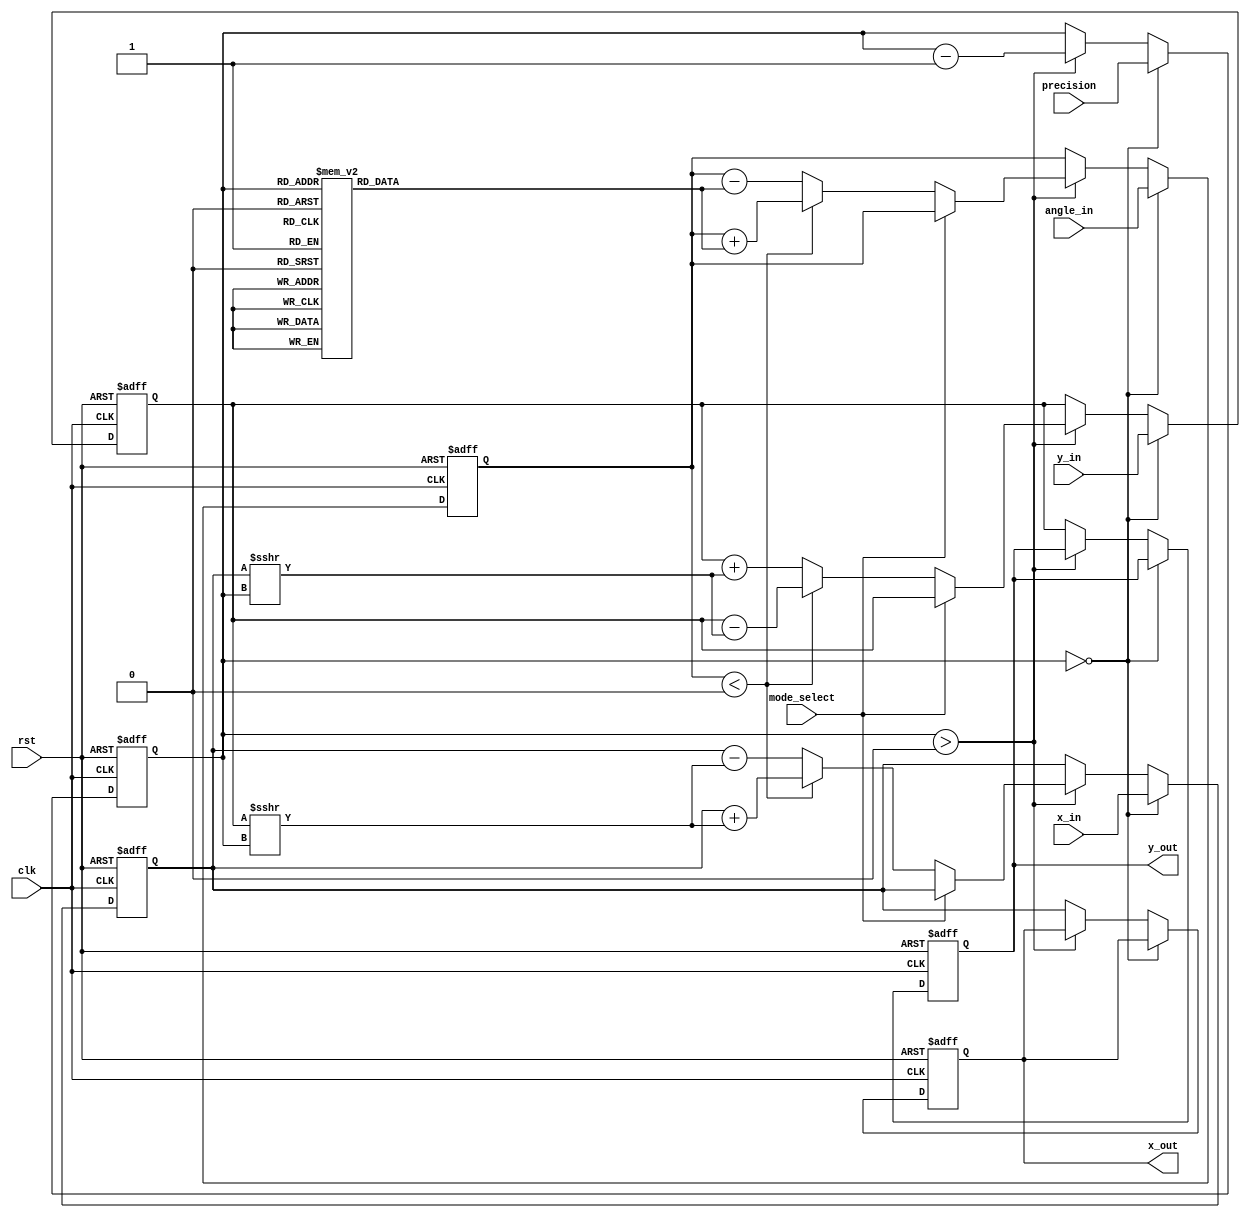
module Adaptive_CORDIC (
    input wire clk,
    input wire rst,
    input wire [15:0] x_in,          // Input x value (fixed-point)
    input wire [15:0] y_in,          // Input y value (fixed-point)
    input wire [15:0] angle_in,      // Input angle (fixed-point)
    input wire mode_select,           // Mode select: 0 for rotation, 1 for vectoring
    input wire [3:0] precision,       // Precision setting for iterations
    output reg [15:0] x_out,          // Output x value
    output reg [15:0] y_out           // Output y value
);

    // CORDIC constants (rotation angles in fixed-point)
    reg [15:0] atan_lut [0:15]; // Lookup table for arctangent values

    // Initialize the lookup table
    initial begin
        atan_lut[0] = 16'h0000; // atan(0) = 0
        atan_lut[1] = 16'h3243; // atan(1) = 45 degrees
        atan_lut[2] = 16'h1DAC; // atan(0.5) = 26.565 degrees
        atan_lut[3] = 16'h1C71; // atan(0.333) = 18.434 degrees
        // Add more values as needed...
    end

    // Internal registers
    reg [15:0] x_reg, y_reg, angle_reg;
    reg [3:0] iteration_count;
    reg [3:0] i;

    // State machine for CORDIC iterations
    always @(posedge clk or posedge rst) begin
        if (rst) begin
            x_reg <= 16'h0000;
            y_reg <= 16'h0000;
            angle_reg <= 16'h0000;
            iteration_count <= 4'h0;
            x_out <= 16'h0000;
            y_out <= 16'h0000;
        end else begin
            // Load inputs
            if (iteration_count == 0) begin
                x_reg <= x_in;
                y_reg <= y_in;
                angle_reg <= angle_in;
                iteration_count <= precision; // Set iteration count based on precision
            end else if (iteration_count > 0) begin
                // Perform CORDIC Rotation or Vectoring
                if (mode_select == 0) begin // Rotation mode
                    if (angle_reg < 0) begin
                        x_reg <= x_reg + (y_reg >>> iteration_count);
                        y_reg <= y_reg - (x_reg >>> iteration_count);
                        angle_reg <= angle_reg + atan_lut[iteration_count];
                    end else begin
                        x_reg <= x_reg - (y_reg >>> iteration_count);
                        y_reg <= y_reg + (x_reg >>> iteration_count);
                        angle_reg <= angle_reg - atan_lut[iteration_count];
                    end
                end else begin // Vectoring mode
                    // Implement vectoring logic here...
                end

                // Decrement iteration count
                iteration_count <= iteration_count - 1;
            end else begin
                // Output the final results
                x_out <= x_reg;
                y_out <= y_reg;
            end
        end
    end

endmodule